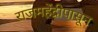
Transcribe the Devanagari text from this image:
राजमहेंद्रीपासून